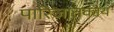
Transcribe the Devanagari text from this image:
पारिजातकोय